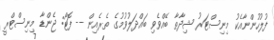
ފުލުހުންނާއެކު މިނިސްޓަރު ޝިދާތާ ބޭއްވެވި ބައްދަލުވުމުގެ ތެރެއިން -- ފޮޓޯ: ޖެންޑާ މިނިސްޓްރީ